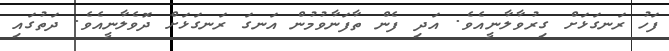
ފަހު ރަނގަޅަށް ގިރުވާލާނީއެވެ. އަދި ފެން ތާފަނާވުމުން އަނގަ ރަނގަޅަށް ދޮވެލާނީއެވެ. ދަތުގައި